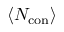
\left< N _ { \mathrm { c o n } } \right>